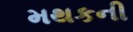
મથકની